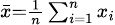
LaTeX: \scriptstyle{\bar{x}}={\frac{1}{n}}\sum_{i=1}^{n}x_{i}